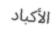
الأكباد